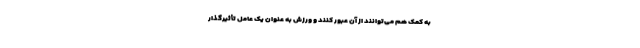
به کمک هم می‌توانند از آن عبور کنند و ورزش به عنوان یک عامل تأثیرگذار